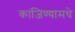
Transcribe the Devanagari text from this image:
कांजिण्यामधे